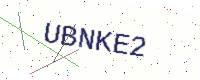
Text: UBNKE2